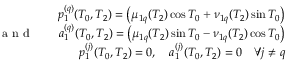
\begin{array} { r l r } & { } & { p _ { 1 } ^ { ( q ) } ( T _ { 0 } , T _ { 2 } ) = \left( \mu _ { 1 q } ( T _ { 2 } ) \cos T _ { 0 } + \nu _ { 1 q } ( T _ { 2 } ) \sin T _ { 0 } \right) } \\ { \textrm { a n d } } & { } & { a _ { 1 } ^ { ( q ) } ( T _ { 0 } , T _ { 2 } ) = \left( \mu _ { 1 q } ( T _ { 2 } ) \sin T _ { 0 } - \nu _ { 1 q } ( T _ { 2 } ) \cos T _ { 0 } \right) } \\ & { } & { p _ { 1 } ^ { ( j ) } ( T _ { 0 } , T _ { 2 } ) = 0 , \quad a _ { 1 } ^ { ( j ) } ( T _ { 0 } , T _ { 2 } ) = 0 \quad \forall j \neq q } \end{array}